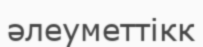
әлеуметтікк